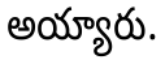
అయ్యారు.